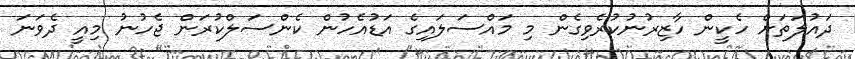
ދައުލަތަށް ހެކީން ހާޒިރުނުކުރެވިގެން މި މައްސަލައިގެ އަޑުއެހުން ކެންސަލްކުރަން ޖެހުނު މިއީ ދެވަނަ